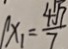
x _ { 1 } = \frac { 4 \sqrt { 7 } } { 7 }